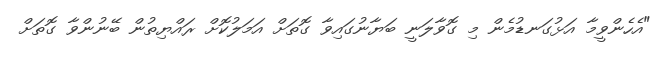
"އެހެންވީމާ އަޅުގަނޑުމެން މި ގޮވާލަނީ ބަޔާނުގައިވާ ގޮތަށް އަމަލުކޮށް ރައްޔިތުން ބޭނުންވާ ގޮތަށް